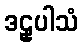
ဒဠှပါသံ